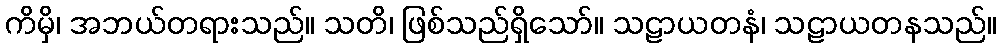
ကိမှိ၊ အဘယ်တရားသည်။ သတိ၊ ဖြစ်သည်ရှိသော်။ သဠာယတနံ၊ သဠာယတနသည်။